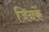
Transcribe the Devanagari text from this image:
जिनकें